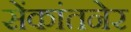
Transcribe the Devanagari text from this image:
सेंकांतनेर